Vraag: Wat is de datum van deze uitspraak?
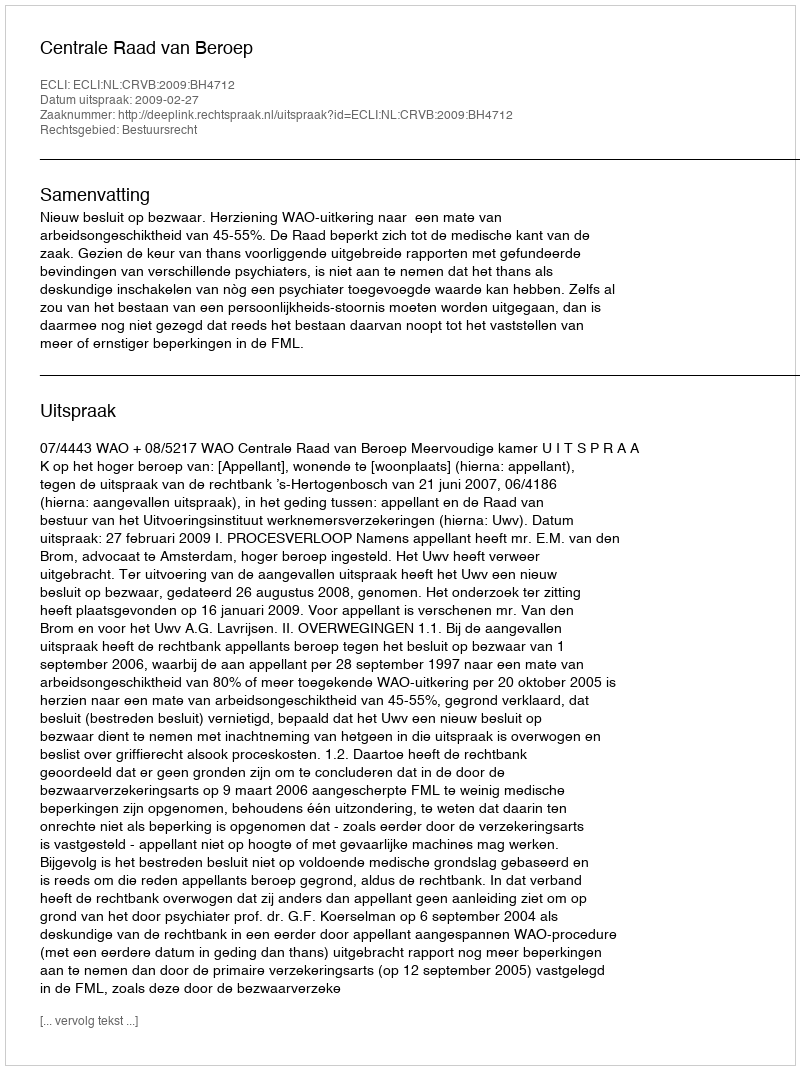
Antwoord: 2009-02-27